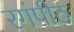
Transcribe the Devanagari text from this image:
रगंपीठ